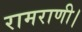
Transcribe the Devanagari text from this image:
रामराणी।